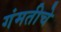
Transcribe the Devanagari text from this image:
गंमतीचे